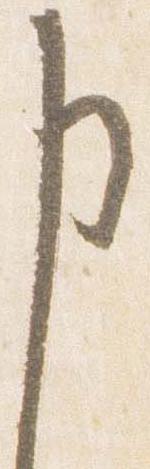
申